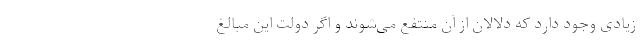
زیادی وجود دارد که دلالان از آن منتفع می‌شوند و اگر دولت این مبالغ